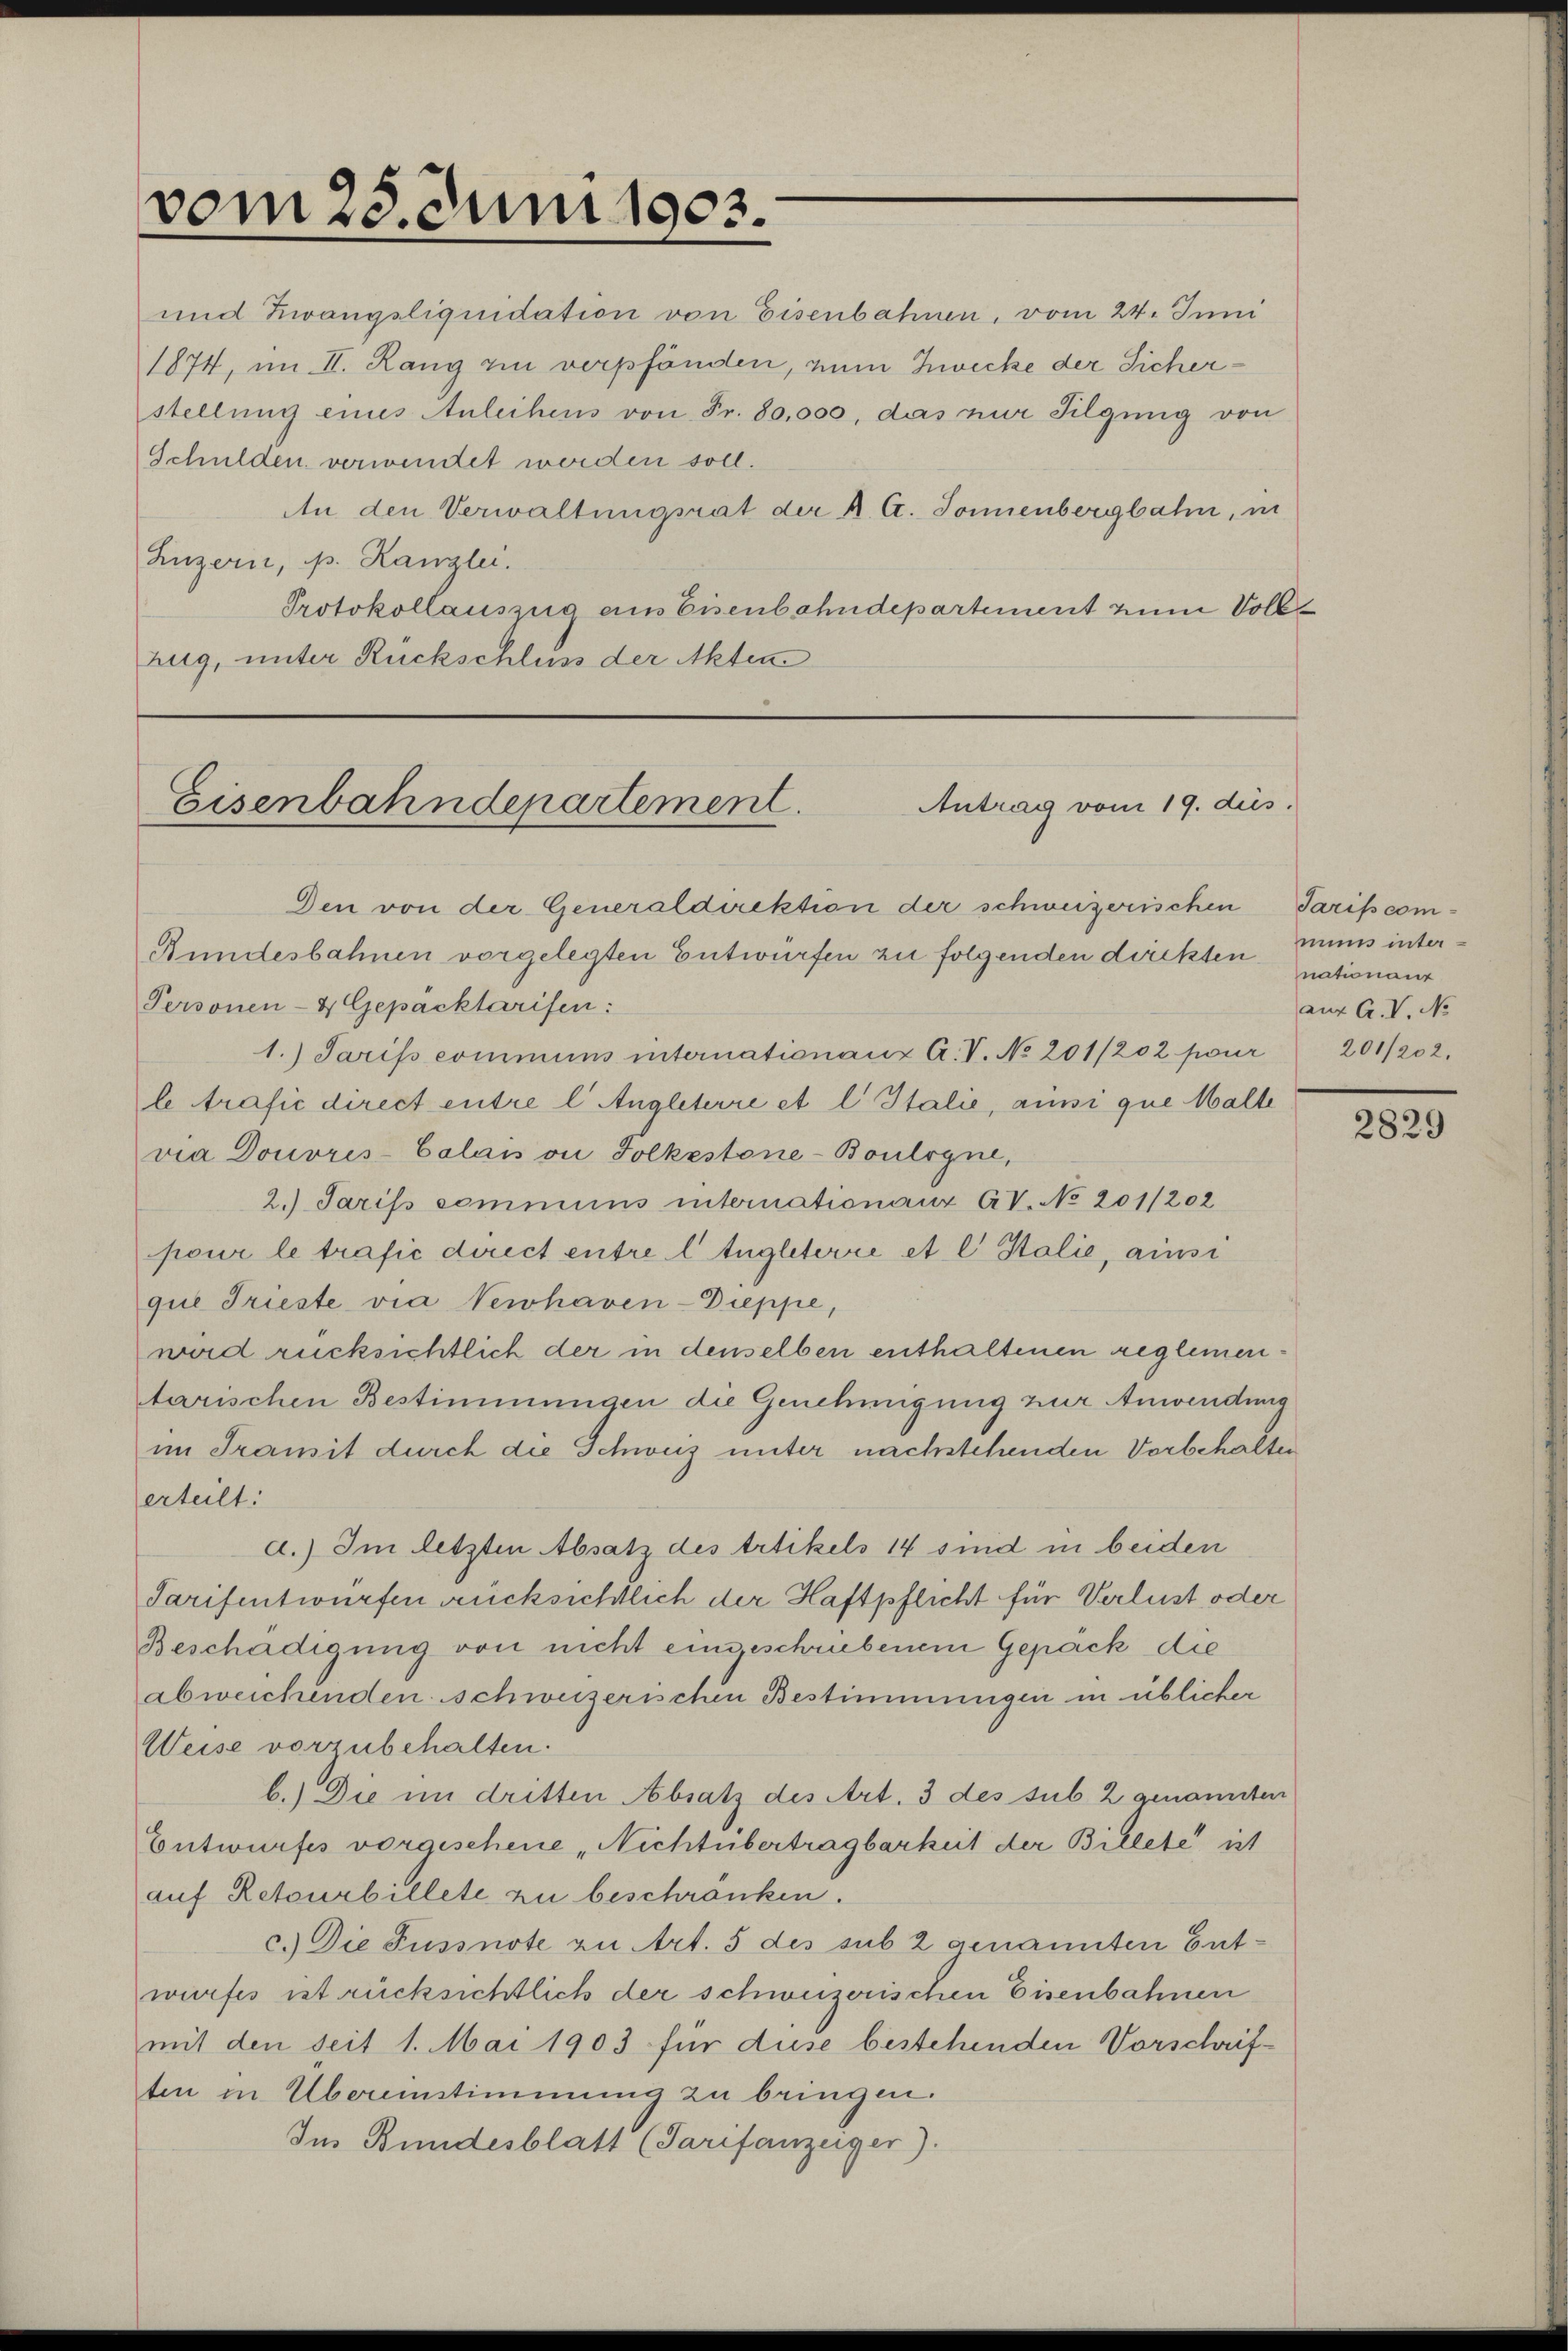
vom 23. Juni 1903.

und Zwangsliquidation von Eisenbahnen, vom 24. Juni
1874, im II. Rang zu verpfänden, zum Zwecke der Sicherstellung eines Anleihens von Fr. 80,000, das nur Tilgung von
Schulden verwendet werden soll.
An den Verwaltungsrat der A. A. Sonnenbergbahn, in
Luzern, p. Kanzlei.
Protokollauszug am Eisenbahndepartement zum Vollzug, unter Rückschluss der Akten

Antrag vom 19. dus.
Eisenbahndepartement.

Den von der Generaldirektion der schweizerischen Tarifscom¬
Rundesbahnen vorgelegten Entwürfen zu folgenden direkten nationant
Personen- & Gepacktarifen:
1.) Tarifscommuns internationanz A. V. No 201/202 pour 201/202.
l trafić direct entre l Angleterre et l Italie, ainsi que Malte
via Douvres-Calais on Folkestone-Boulogne,
2.) Tarifs communs internationanz AV. No 201/202
pour le trafić direct entre l Angleterre et l Holie, ainsi
que Trieste via Verhaven-Dieppe,
wird rücksichtlich der in denselben enthaltenen reglementarischen Bestimmungen die Genehmigung zur Anwendung
im Transit durch die Schweiz unter nachstehenden Vorbehalter
erteilt:
d.) Im letzten Absatz des Artikels 14 sind in beiden
Sarifentwürfen rücksichtlich der Haftpflicht für Verlust oder
Beschädigung von nicht eingeschriebenem Gepäck die
abweichenden schweizerischen Bestimmungen in üblicher
Weise vorzubehalten.
b.) Die im dritten Absatz des Art. 3 des sub 2 genannten
Entwurfes vorgescheine „Nichtübertragbarkeit der Billete ist
auf Retourbillete zu beschränken.
c.) Die Fussnote zu Art. 5 des sub 2 genannten Entwurfes ist rücksichtlich der schweizerischen Eisenbahnen
mit den seit 1. Mai 1903 für diese bestehenden Vorschriften in Übereinstimmung zu bringen.
Im Bundesblatt (Tarifanzeiger).

muns inter
aus A.V. No

2829